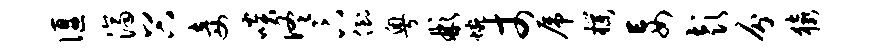
偃济谷妾啖佟卞倒粤彬蜿丈虎朴妄彭分猿